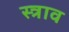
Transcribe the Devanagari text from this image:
स्‍त्राव